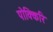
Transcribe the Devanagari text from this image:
पोक्किरि